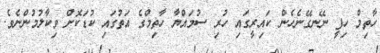
ހާތިމް ހިފީ ނޭނގޭނެހެން ކައިރީގައި ހުރި ސުމައްޔާ ހާތިމްގެ އަތުގައި ކުޑަކޮށް ވިކާލުމުންނެވެ.